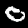
Digit: 0